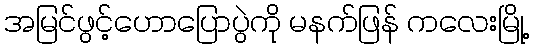
အမြင်ဖွင့်ဟောပြောပွဲကို မနက်ဖြန် ကလေးမြို့